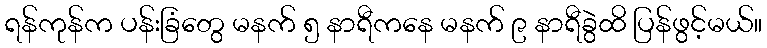
ရန်ကုန်က ပန်းခြံတွေ မနက် ၅ နာရီကနေ မနက် ၉ နာရီခွဲထိ ပြန်ဖွင့်မယ်။